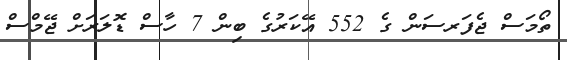
ތޯމަސް ޖެފަރސަން ގެ 552 އޭކަރުގެ ބިން 7 ހާސް ޑޮލަރަށް ޖޭމްސް